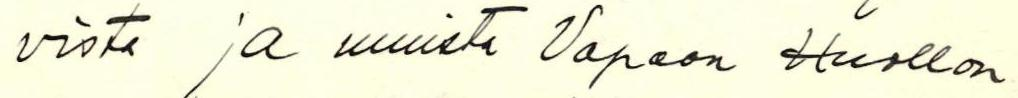
vista ja muista Vapaan Huollon